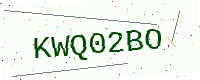
Text: KWQ02BO